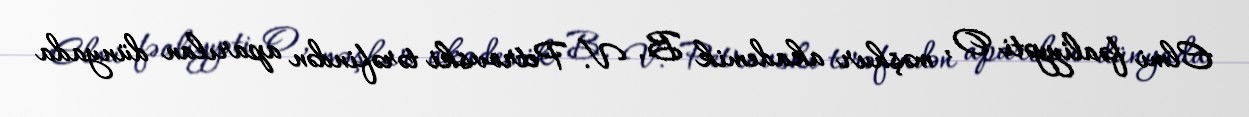
Elmi fəaliyyəti O, məşhur akademik B. V. Petrovski tərəfindən aparılan dünyada